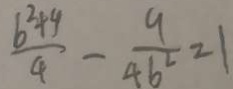
\frac { b ^ { 2 } + 4 } { 4 } - \frac { 9 } { 4 b ^ { 2 } } = 1